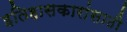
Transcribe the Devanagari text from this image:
इतिहासकारांसाठी